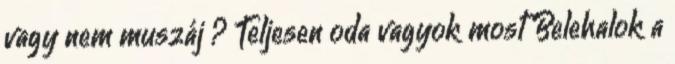
vagy nem muszáj ? Teljesen oda vagyok most Belehalok a